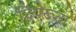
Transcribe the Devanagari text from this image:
द्विपरूता